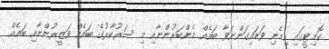
ކޮމިޓީގައި ހިމެނި ވަޑައިގަންނަވާ ބައެއް މެންބަރުންނާއި މި ސަރުކާރުގެ ބައެއް ވަޒީރުންނާއި ބައެއް